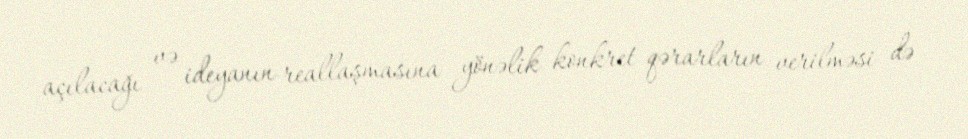
açılacağı və ideyanın reallaşmasına yönəlik konkret qərarların verilməsi də